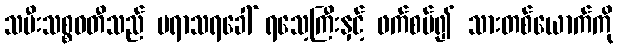
သမီးသစ္စဝတီသည် ပရာသရခေါ် ရသေ့ကြီးနှင့် ဖက်စပ်၍ သားတစ်ယောက်ကို